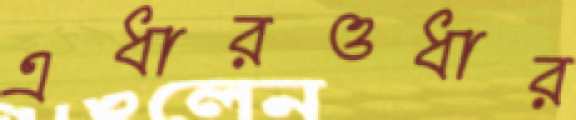
এধারওধার